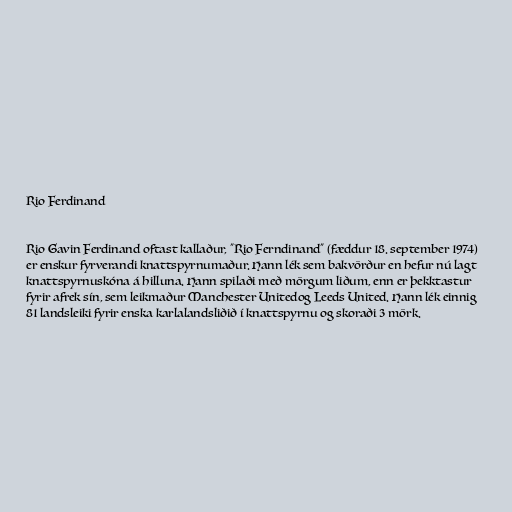
Rio Ferdinand

Rio Gavin Ferdinand oftast kallaður, "Rio Ferndinand" (fæddur 18. september 1974)
er enskur fyrverandi knattspyrnumaður. Hann lék sem bakvörður en hefur nú lagt
knattspyrnuskóna á hilluna. Hann spilaði með mörgum liðum, enn er þekktastur
fyrir afrek sín, sem leikmaður Manchester Unitedog Leeds United. Hann lék einnig
81 landsleiki fyrir enska karlalandsliðið í knattspyrnu og skoraði 3 mörk.